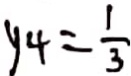
y _ { 4 } = \frac { 1 } { 3 }